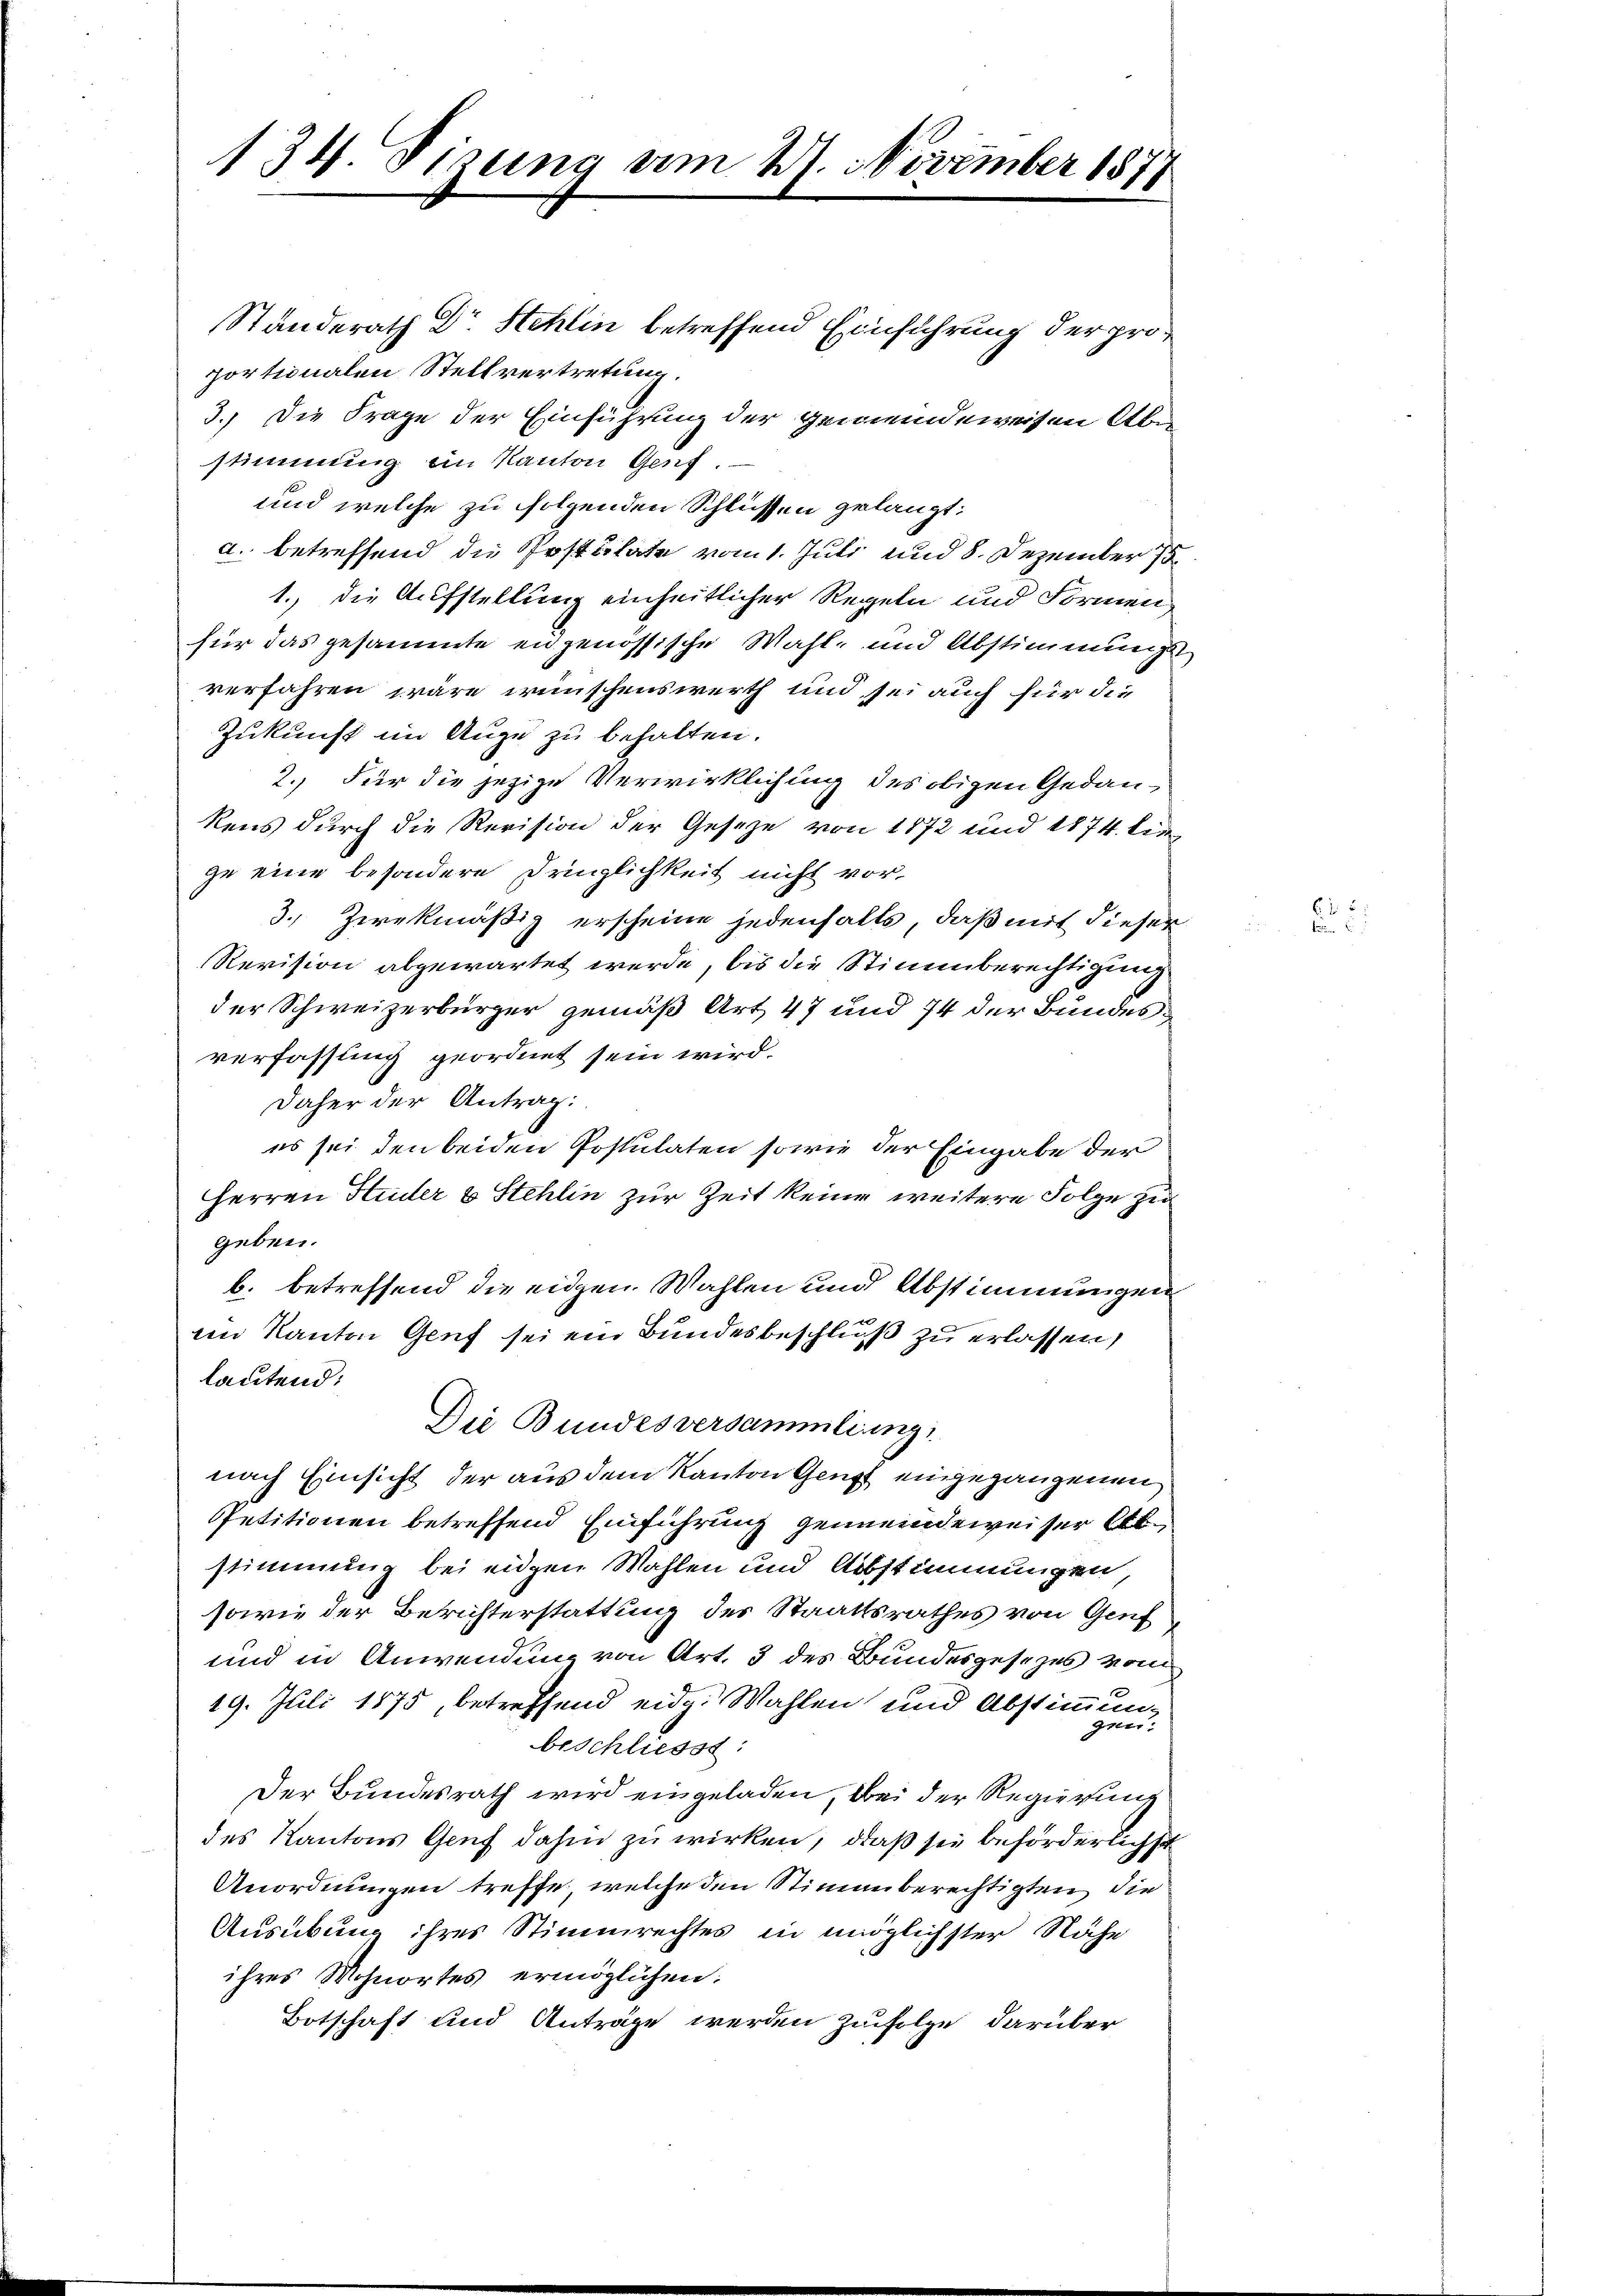
134. Sizung am 27. November 1877

Standerath Dr Stehlin betreffend Einführung der proportionalen Stellvertretung.
3.) Die Frage der Einführung der Gemeindeweisen Abe
stimmung im Kanton Genf.
und welche zu folgenden Schlüssen gelangt:
d. betreffend die Postulate vom 1. Juli und 8. Dezember 18
1. die Aufstellung einheitlicher Regeln und Formen
für das gesammte engenössische Wahl, und Abstimmung
verfahren wäre wünschenswerth und sei auch für die
Zukunft im Auge zu behalten.
2.) Für die jezige Verwirklichung des obigen Gedankens durch die Revision der Gesetze von 1872 und 1874. lie
ze eine besondere Dringlichkeit nicht vor-
3.) Zweckmäßig erscheine jedenhalts, daß mit dieser
Revision abgewartet werde, bis die Stimmberechtigung
der Schweizerbürger gemäß Art 47 und 74 der Bundesverfassung geordnet sein wird.
Daher der Antrag:
es sei den beiden Postulaten sowie der Eingabe der
Herren Huder & Stehlin zur Zeit keine weitere Folge zu
geben.
b. betreffend die eigen Wahlen und Abstimmungen
im Kanton Genf sei ein Bundesbeschluß zu erlassen,
lautend:
Die Bundesversammlung
nach Einsicht der aus dem Kanton Genf eingegangenen
PPetitionen betreffend Einführung gemeindeweiser Abstimmung bei eiden Wahlen und Abstimmungen,
sowie der Berichterstattung des Staatsrathes von Genf,
und in Anwendung von Art. 3 des Bundesgesezes vom
19. Juli 1875, betreffend eidg. Wahlen und Abstimmung
ger.
beschliesst:
Der Bundesrath wird eingeladen, bei der Regierung
des Kantons Genf dahin zu wirken, daß sie beförderlich so
Anordnungen treffe, welche den Stimmenberechtigten die
Ausübung ihres Stimmrechtes in möglichster Nähe
ihres Wohnortes ermöglichen:
Botschaft und Anträge werden zufolge darüber